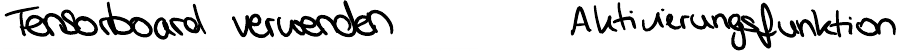
Tensorboard verwenden     Aktivierungsfunktion